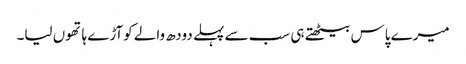
میرے پاس بیٹھتے ہی سب سے پہلے دودھ والے کوآڑے ہاتھوں لیا۔